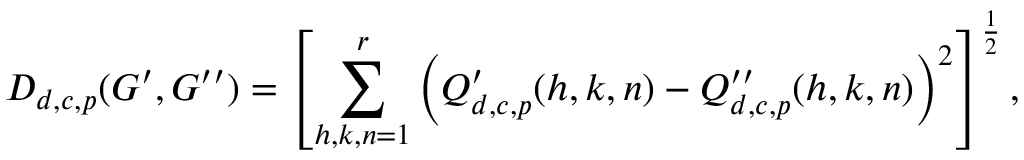
D _ { d , c , p } ( G ^ { \prime } , G ^ { \prime \prime } ) = \left[ \sum _ { h , k , n = 1 } ^ { r } \left( Q _ { d , c , p } ^ { \prime } ( h , k , n ) - Q _ { d , c , p } ^ { \prime \prime } ( h , k , n ) \right) ^ { 2 } \right] ^ { \frac { 1 } { 2 } } ,